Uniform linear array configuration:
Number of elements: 12
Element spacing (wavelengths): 0.25
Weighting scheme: hann
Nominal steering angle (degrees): -30
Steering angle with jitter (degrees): -30.652
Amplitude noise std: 0.05
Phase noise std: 0.05

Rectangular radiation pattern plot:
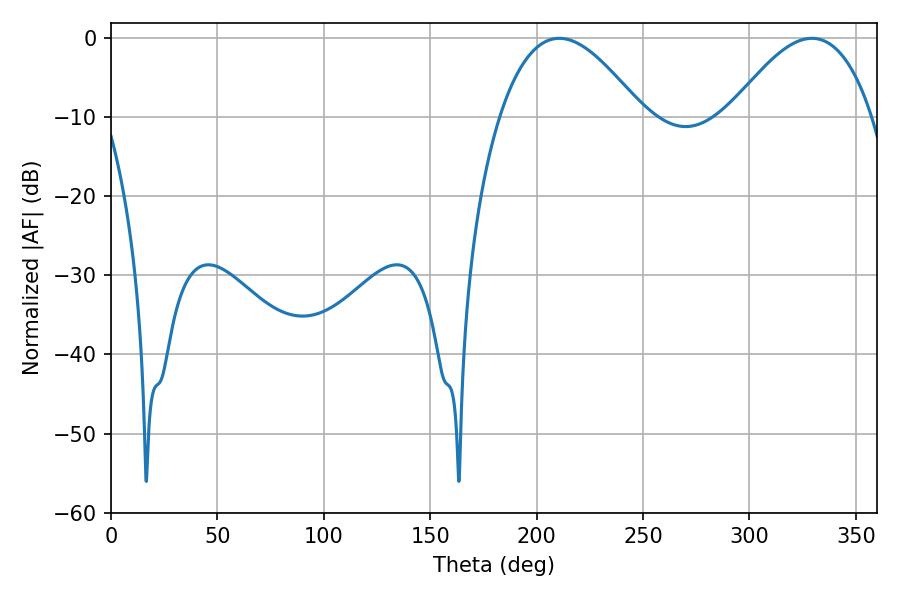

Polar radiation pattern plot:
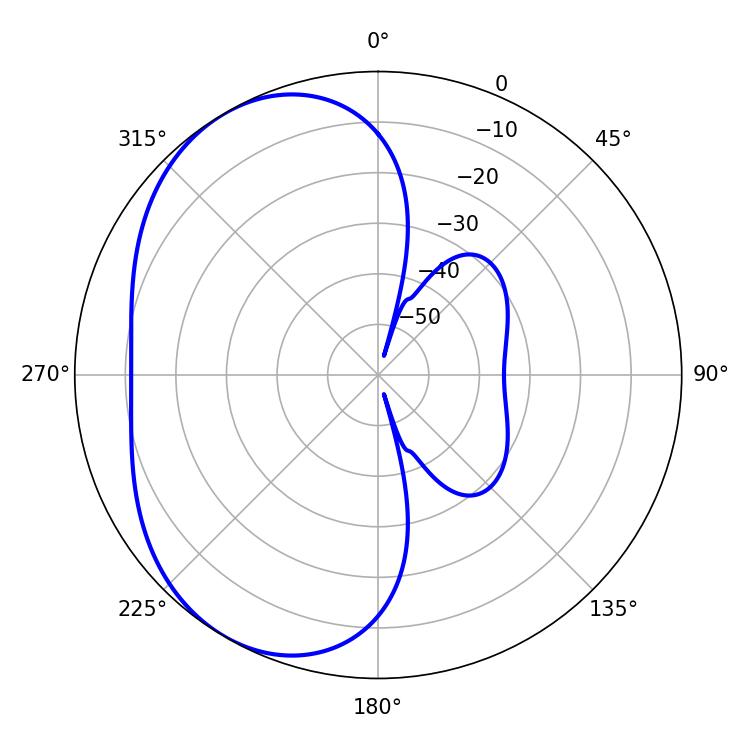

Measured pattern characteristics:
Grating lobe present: FALSE
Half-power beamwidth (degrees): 36.54
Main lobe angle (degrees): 210.6